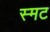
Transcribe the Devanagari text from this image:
स्मट